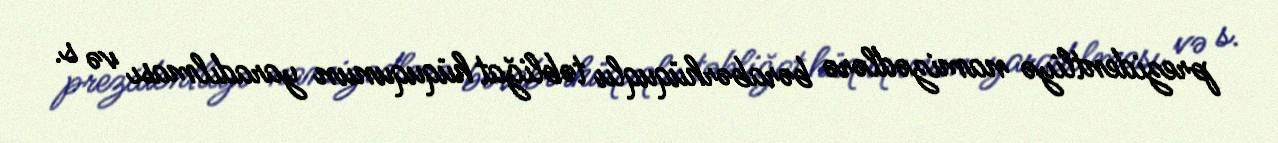
prezidentliyə namizədlərə bərabərhüquqlu təbliğat hüququnun yaradılması və s.